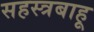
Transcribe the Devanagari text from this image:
सहस्त्रबाहू